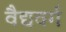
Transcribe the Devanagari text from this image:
वैद्यवर्ग